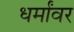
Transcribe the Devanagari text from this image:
धर्मांवर